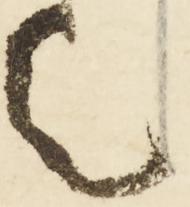
令